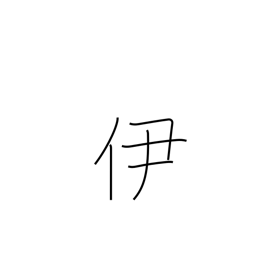
Meaning: that one